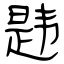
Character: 韪